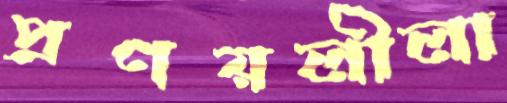
প্রণয়লীলা